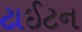
ટાઈટન